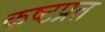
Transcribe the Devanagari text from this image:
कष्टप्रत